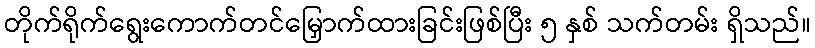
တိုက်ရိုက်ရွေးကောက်တင်မြှောက်ထားခြင်းဖြစ်ပြီး ၅ နှစ် သက်တမ်း ရှိသည်။